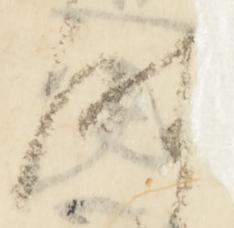
時